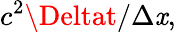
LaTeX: c^{2}\Deltat/\Delta\mathit{x},